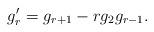
LaTeX: \begin{align*} g_r' = g_{r+1} - r g_2 g_{r-1}.\end{align*}